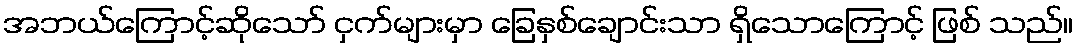
အဘယ်ကြောင့်ဆိုသော် ငှက်များမှာ ခြေနှစ်ချောင်းသာ ရှိသောကြောင့် ဖြစ် သည်။